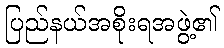
ပြည်နယ်အစိုးရအဖွဲ့၏